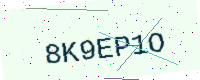
Text: 8K9EP1O